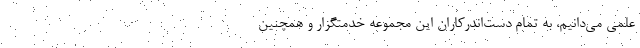
علمی می‌دانیم، به تمام دست‌اندرکاران این مجموعه خدمتگزار و همچنین